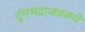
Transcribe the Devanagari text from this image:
तुंगभद्राजवळचे